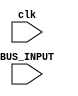
`timescale 1ns / 1ps
//////////////////////////////////////////////////////////////////////////////////
// Company: 
// Engineer: 
// 
// Design Name: 
// Module Name: ALU
// Project Name: 
// Target Devices: 
// Tool Versions: 
// Description: 
// 
// Dependencies: 
// 
// Revision:
// Revision 0.01 - File Created
// Additional Comments:
// 
//////////////////////////////////////////////////////////////////////////////////


module ALU(
    input [11:0] BUS_INPUT,
    input clk
    );
    
    
    reg [3:0] A;
    reg [3:0] B;
    
    parameter ADD = 0, SUB = 1, INC = 2, DEC = 3, COMP = 4;
    wire OP_CODE;
    
    assign OP_CODE = BUS_INPUT[11:8];
    
    always @ (BUS_INPUT)
        begin
            A = BUS_INPUT[7:4];
            B = BUS_INPUT[3:0];
        end
    
    always @ (posedge clk)
        begin
            case(OP_CODE)
               ADD: begin
                        A <= A + B;
                    end
               SUB: begin
                        A <= A - B;
                    end
            endcase
        end
    
    
endmodule